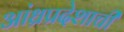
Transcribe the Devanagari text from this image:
आंध्रप्रदेशाची